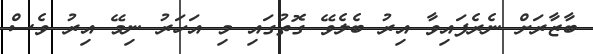
ބާޒާރަށް ނެރެފައިވާ އިރު ބެލެވޭ ގޮތުގައި މި އަހަރު ނިމޭ އިރު ވެސް